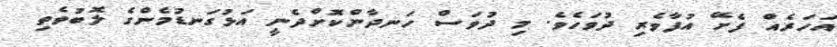
އަހަރެއް ފެށޭ އުފާވެރި ދުވަހެވެ. މި ދުވަސް ހަނދާންކޮށްދެނީ އަޅުގަނޑުމެންގެ ލޮބުވެތި